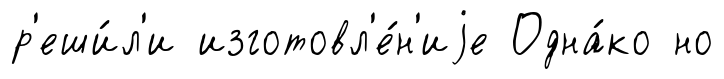
р'еши́л'и изготовл'е́н'иjе Одна́ко но